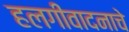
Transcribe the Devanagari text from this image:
हलगीवादनाचे